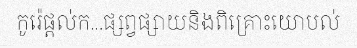
កូរ៉េផ្តល់ក...ផ្សព្វផ្សាយនិងពិគ្រោះយោបល់